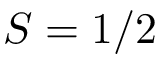
S = 1 / 2